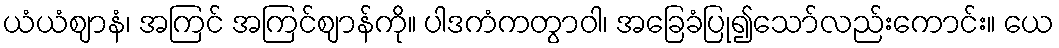
ယံယံဈာနံ၊ အကြင် အကြင်ဈာန်ကို။ ပါဒကံကတွာဝါ၊ အခြေခံပြု၍သော်လည်းကောင်း။ ယေ